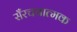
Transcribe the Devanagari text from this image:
सँरचनात्मक